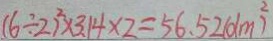
( 6 \div 2 ) ^ { 2 } \times 3 . 1 4 \times 2 = 5 6 . 5 2 ( d m ^ { 2 } )